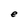
Character: e